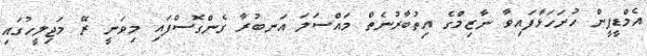
އެމްޑީޕީން ހުށަހަޅާފައިވާ ނާޒިމްގެ އިތުބާރުނެތް މައްސަލަ އަނބުރާ ގެންގޮސްފައި މިވަނީ ރޭ މަޖިލީހުގައި